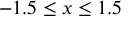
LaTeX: - 1 . 5 \leq x \leq 1 . 5